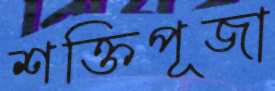
শক্তিপূজা